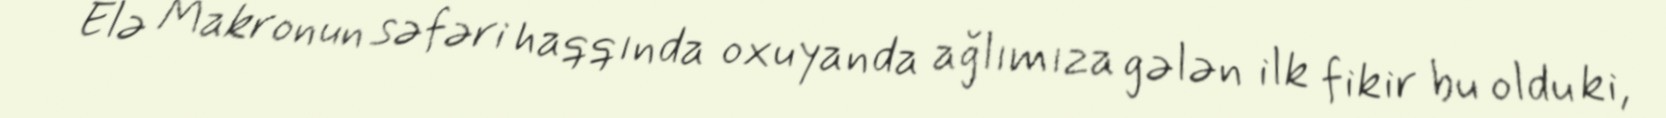
Elə Makronun səfəri haqqında oxuyanda ağlımıza gələn ilk fikir bu oldu ki,